Scottish Leaving Certificate Examination, 1953
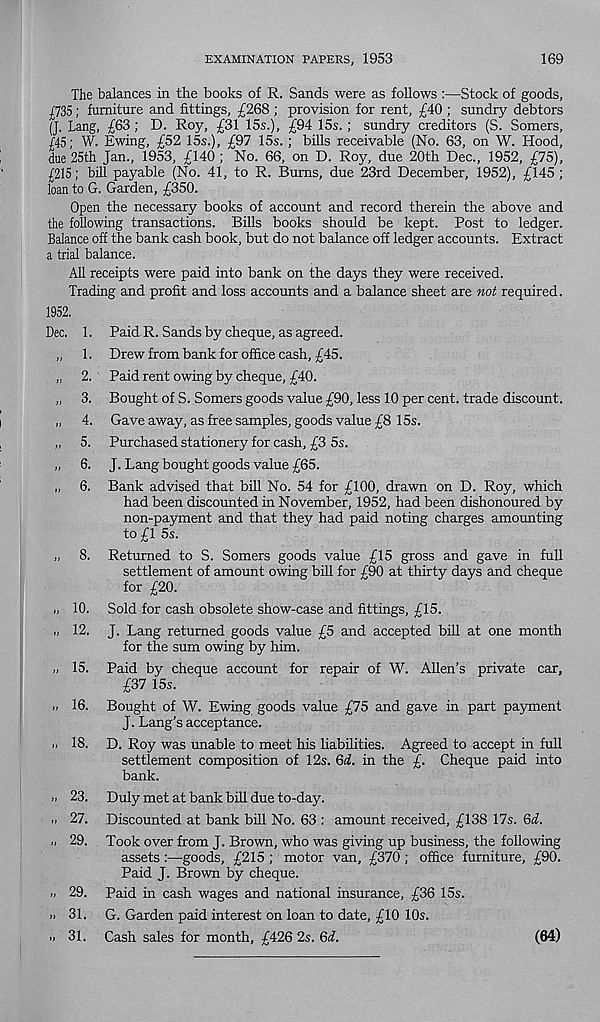
EXAMINATION PAPERS, 1953
169
The balances in the books of R. Sands were as follows :—Stock of goods,
^735; furniture and fittings, £268 ; provision for rent, £40 ; sundry debtors
(J. Lang, £63; D. Roy, £31 15s.), £94 15s. ; sundry creditors (S. Somers,
£45; W. Ewing, £52 15s.), £97 15s.; bills receivable (No. 63, on W. Hood,
due 25th Jan., 1953, £140 ; No. 66, on D. Roy, due 20th Dec., 1952, £75),
£215; bill payable (No. 41, to R. Bums, due 23rd December, 1952), £145;
loan to G. Garden, £350.
Open the necessary books of account and record therein the above and
the following transactions. Bills books should be kept. Post to ledger.
Balance off the bank cash book, but do not balance off ledger accounts. Extract
a trial balance.
All receipts were paid into bank on the days they were received.
Trading and profit and loss accounts and a balance sheet are not required.
1952.
Dec. 1. Paid R. Sands by cheque, as agreed.
„ 1. Drew from bank for office cash, £45.
„ 2. Paid rent owing by cheque, £40.
„ 3. Bought of S. Somers goods value £90, less 10 per cent, trade discount.
„ 4. Gave away, as free samples, goods value £8 15s.
„ 5. Purchased stationery for cash, £3 5s.
„ 6. J. Lang bought goods value £65.
„ 6. Bank advised that bill No. 54 for £100, drawn on D. Roy, which
had been discounted in November, 1952, had been dishonoured by
non-payment and that they had paid noting charges amounting
to £1 5s.
„ 8. Returned to S. Somers goods value £15 gross and gave in full
settlement of amount owing bill for £90 at thirty days and cheque
for £20.
„ 10. Sold for cash obsolete show-case and fittings, £15.
12. J. Lang returned goods value £5 and accepted bill at one month
for the sum owing by him.
,, 15. Paid by cheque account for repair of W. Allen’s private car,
£37 15s.
„ 16. Bought of W. Ewing goods value £75 and gave in part payment
J. Lang’s acceptance.
>. 18. D. Roy was unable to meet his Labilities. Agreed to accept in full
settlement composition of 12s. QcL. in the £. Cheque paid into
bank.
» 23. Duly met at bank bill due to-day.
.1 27. Discounted at bank bill No. 63 : amount received, £138 17s. 6i.
„ 29. Took over from J. Brown, who was giving up business, the following
assets :—goods, £215 ; motor van, £370 ; office furniture, £90.
Paid J. Brown by cheque.
Paid in cash wages and national insurance, £36 15s.
G. Garden paid interest on loan to date, £10 10s.
Cash sales for month, £426 2s. 6A
„ 29.
„ 31.
„ 31.
(64)